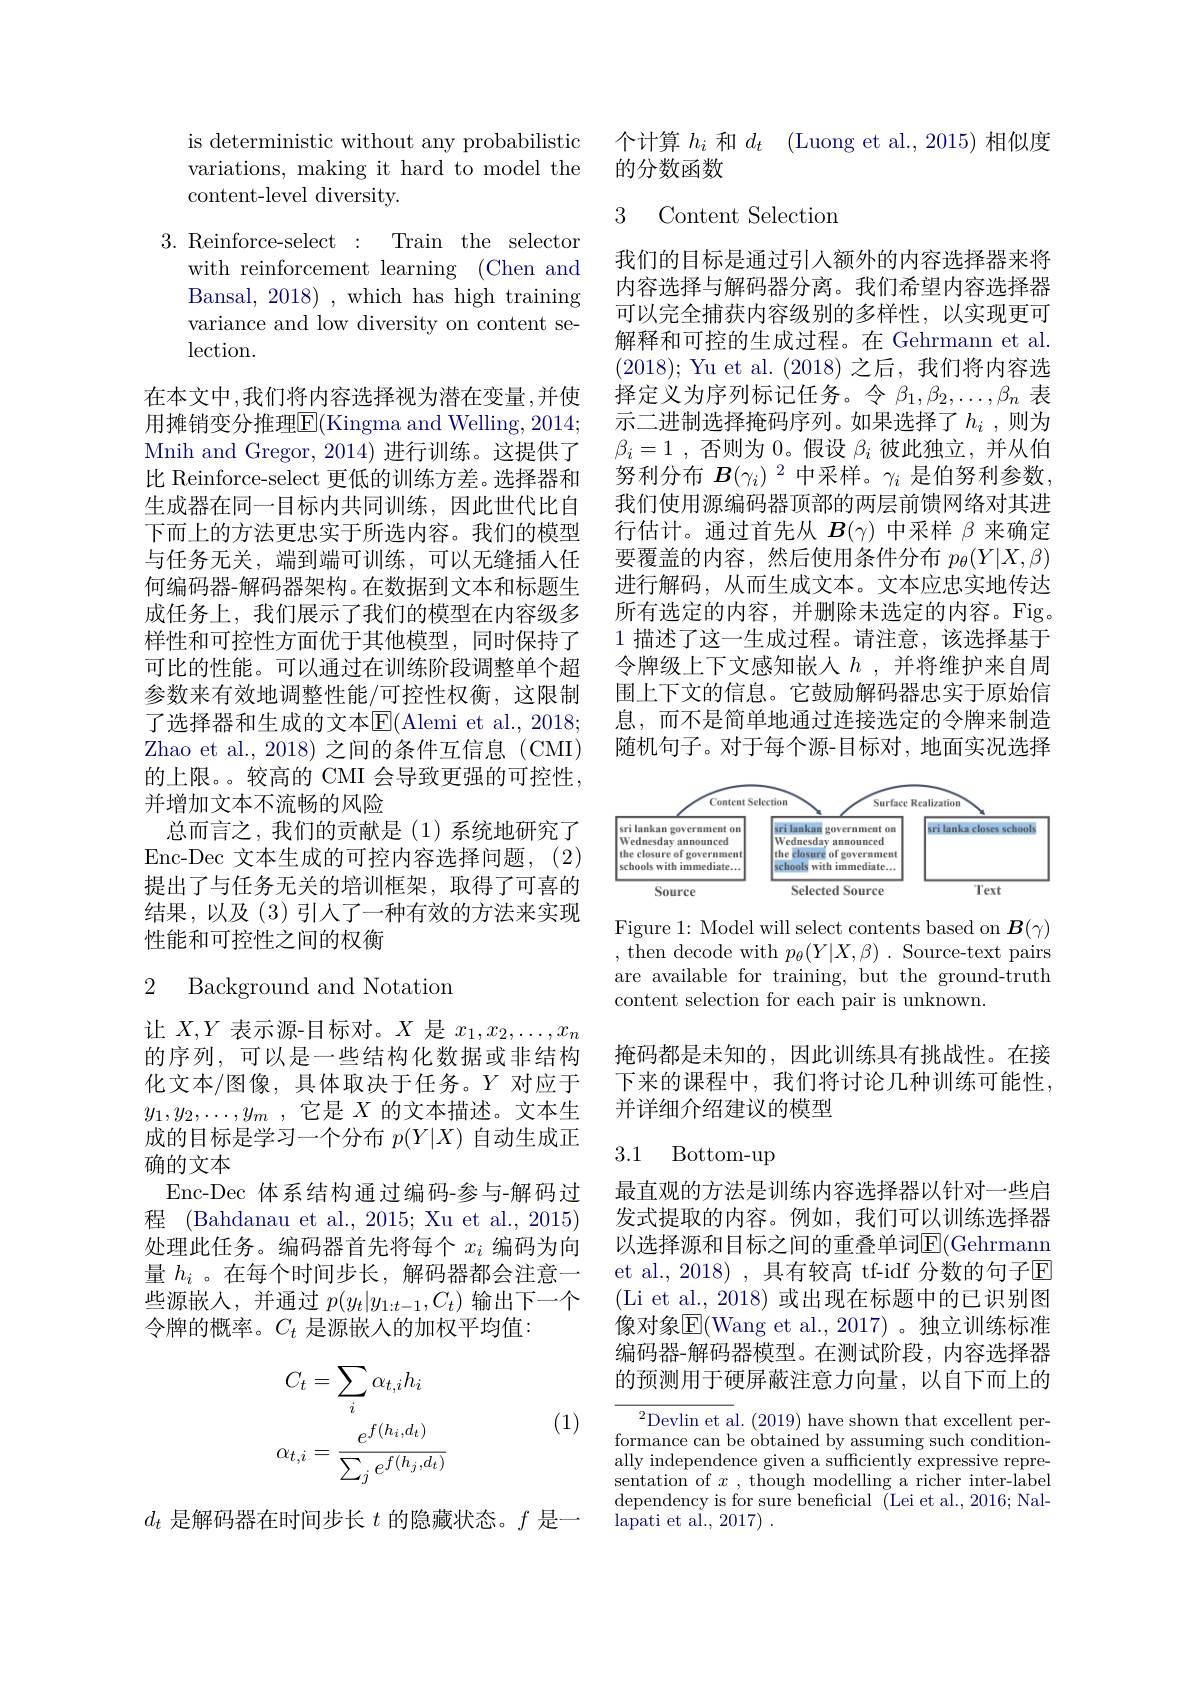
is deterministic without any probabilistic variations, making it hard to model the content-level diversity.

3. Reinforce-select: Train the selector
with reinforcement learning (Chen and Bansal, 2018) , which has high training variance and low diversity on content selection.

在本文中，我们将内容选择视为潜在变量，并使用摊销变分推理$\overline{\mathrm{E}}($Kingma and Welling, 2014; Mnih and Gregor, 2014) 进行训练。这提供了比 Reinforce-select 更低的训练方差。选择器和生成器在同一目标内共同训练，因此世代比自下而上的方法更忠实于所选内容。我们的模型与任务无关，端到端可训练，可以无缝插入任何编码器-解码器架构。在数据到文本和标题生成任务上，我们展示了我们的模型在内容级多样性和可控性方面优于其他模型，同时保持了可比的性能。可以通过在训练阶段调整单个超参数来有效地调整性能/可控性权衡，这限制了选择器和生成的文本E$( Alemi et al. , 2018;$ Zhao et al., 2018) 之间的条件互信息 (CMI) 的上限。。较高的 CMI 会导致更强的可控性， 并增加文本不流畅的风险
总而言之，我们的贡献是(1)系统地研究了Enc-Dec 文本生成的可控内容选择问题，(2) 提出了与任务无关的培训框架，取得了可喜的结果，以及(3)引人了一种有效的方法来实现性能和可控性之间的权衡

### 2 Background and Notation

让$X,Y$表示源-目标对。$X$是$x_1,x_2,\ldots,x_n$ 的序列，可以是一些结构化数据或非结构化文本/图像，具体取决于任务。$Y$对应于$y_1,y_2,\ldots,y_m$ ,它是$X$的文本描述。文本生成的目标是学习一个分布$p(Y|X)$自动生成正确的文本
Enc-Dec 体系结构通过编码-参与-解码过程 (Bahdanau et al., 2015; Xu et al., 2015) 处理此任务。编码器首先将每个$x_i$编码为向量$h_i$ 。在每个时间步长，解码器都会注意一些源嵌入，并通过$p(y_t|y_{1:t-1},C_t)$输出下一个令牌的概率。$C_t$是源嵌入的加权平均值：
$$C_{t}=\sum_{i}\alpha_{t,i}h_{i}\\\alpha_{t,i}=\frac{e^{f(h_{i},d_{t})}}{\sum_{j}e^{f(h_{j},d_{t})}}$$
(1)

$d_t$是解码器在时间步长$t$的隐藏状态。$f$是一

个计算$h_i$和$d_t$ (Luong et al., 2015)相似度
的分数函数

3 Content Selection

我们的目标是通过引人额外的内容选择器来将内容选择与解码器分离。我们希望内容选择器可以完全捕获内容级别的多样性，以实现更可解释和可控的生成过程。在 Gehrmann et al. (2018); Yu et al.(2018)之后，我们将内容选择定义为序列标记任务。令$\beta_1,\beta_2,\ldots,\beta_n$表示二进制选择掩码序列。如果选择了$h_i$,则为$\beta_i=1$ ,否则为0。假设$\beta_i$彼此独立，并从伯努利分布$B(\gamma_i)^2$中采样。$\gamma_i$是伯努利参数， 我们使用源编码器顶部的两层前馈网络对其进行估计。通过首先从$B(\gamma)$中采样$\beta$来确定要覆盖的内容，然后使用条件分布$p_\theta(Y|X,\beta)$ 进行解码，从而生成文本。文本应忠实地传达所有选定的内容，并删除未选定的内容。Fig。1 描述了这一生成过程。请注意，该选择基于令牌级上下文感知嵌人$h$ ,并将维护来自周围上下文的信息。它鼓励解码器忠实于原始信息，而不是简单地通过连接选定的令牌来制造随机句子。对于每个源-目标对，地面实况选择

<FigureHere>

Figure 1: Model will select contents based on $B(\gamma)$ , then decode with $p_\theta(Y|X,\beta).$ Source-text pairs are available for training, but the ground-truth content selection for each pair is unknown.

掩码都是未知的，因此训练具有挑战性。在接下来的课程中，我们将讨论几种训练可能性。并详细介绍建议的模型

### 3.1 Bottom-up

最直观的方法是训练内容选择器以针对一些启发式提取的内容。例如，我们可以训练选择器以选择源和目标之间的重叠单词$\overline{\mathbb{E}}($Gehrmann et al., 2018) , 具有较高 tf-idf 分数的句子$\overline{\mathrm{E}}$ (Li et al., 2018) 或出现在标题中的已识别图像对象$\boxed{\mathrm{F}}($Wang et al.,2017)。独立训练标准编码器-解码器模型。在测试阶段，内容选择器的预测用于硬屏蔽注意力向量，以自下而上的

$^2$Devlin et al. (2019) have shown that excellent performance can be obtained by assuming such conditionally independence given a sufficiently expressive representation of $x$ , though modelling a richer inter-label dependency is for sure beneficial ( Lei et al. , 2016; Nal- lapati et al., 2017) .